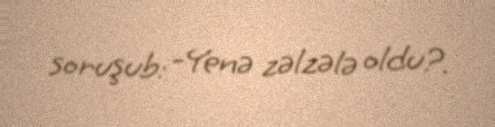
soruşub: -Yenə zəlzələ oldu?.